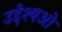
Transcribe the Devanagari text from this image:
उद्देश्यओ